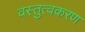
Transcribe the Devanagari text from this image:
वस्तुत्वकरण